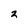
Character: 3